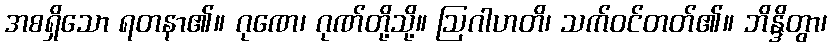
အစရှိသော ရတနာ၏။ ဂုဏေ၊ ဂုဏ်တို့သို့။ ဩဂါဟတိ၊ သက်ဝင်တတ်၏။ ဘိန္ဒိတွာ၊